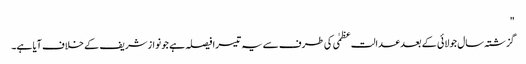
"
گزشتہ سال جولائی کے بعد عدالت عظمٰی کی طرف سے یہ تیسرا فیصلہ ہے جو نواز شریف کے خلاف آیا ہے۔